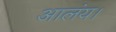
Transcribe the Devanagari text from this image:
आलंय।